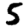
Digit: 5